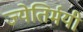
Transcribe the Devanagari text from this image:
ज्येतिर्मयी